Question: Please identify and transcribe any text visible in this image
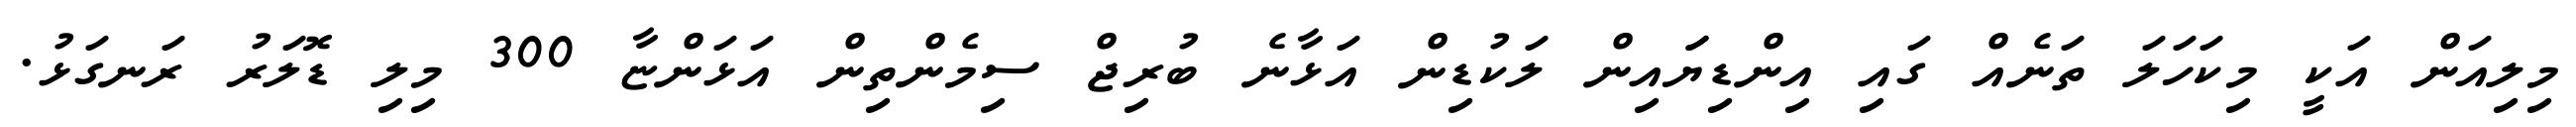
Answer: މިލިއަން އަކީ މިކަހަލަ ތަނެއް ގައި އިންޑިޔަައިން ލަކުޑިން އަޅާނެ ބުރިޖް ސިމެންތިން އަޅަންޏާ 300 މިލި ޑޮލަރު ރަނގަޅު.